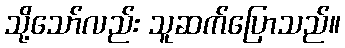
သို့သော်လည်း သူဆက်ပြောသည်။